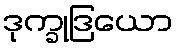
ဒုက္ခုဒြယော